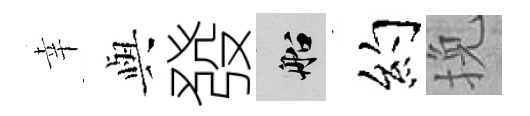
幸𫤰發船约挽